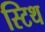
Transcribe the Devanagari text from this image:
स्टिथ